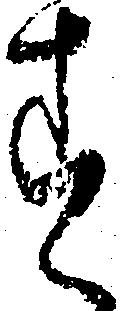
す